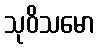
သုဝိသမော